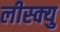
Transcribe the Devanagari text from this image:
लीस्क्यु